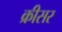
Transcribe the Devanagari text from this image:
क्रीसर